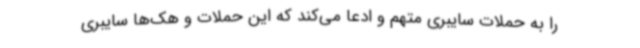
را به حملات سایبری متهم و ادعا می‌کند که این حملات و هک‌ها سایبری